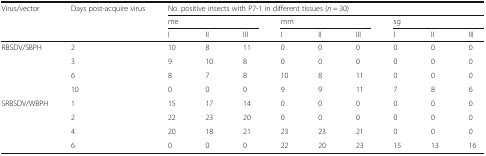
| <ROWSPAN=3> Virus/vector | <ROWSPAN=3> Days post-acquire virus | <COLSPAN=9> No. positive insects with P7-1 in different tissues (n = 30) |
 | <COLSPAN=3> me | <COLSPAN=3> mm | <COLSPAN=3> sg |
 | I | II | III | I | II | III | I | II | III |
 | --- | --- | --- | --- | --- | --- | --- | --- | --- | --- | --- |
 | <ROWSPAN=4> RBSDV/SBPH | 2 | 10 | 8 | 11 | 0 | 0 | 0 | 0 | 0 | 0 |
 | 3 | 9 | 10 | 8 | 0 | 0 | 0 | 0 | 0 | 0 |
 | 6 | 8 | 7 | 8 | 10 | 8 | 11 | 0 | 0 | 0 |
 | 10 | 0 | 0 | 0 | 9 | 9 | 11 | 7 | 8 | 6 |
 | <ROWSPAN=4> SRBSDV/WBPH | 1 | 15 | 17 | 14 | 0 | 0 | 0 | 0 | 0 | 0 |
 | 2 | 22 | 23 | 20 | 0 | 0 | 0 | 0 | 0 | 0 |
 | 4 | 20 | 18 | 21 | 23 | 23 | 21 | 0 | 0 | 0 |
 | 6 | 0 | 0 | 0 | 22 | 20 | 23 | 15 | 13 | 16 |